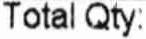
TOTAL QTY: